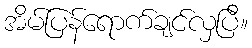
အိမ်ပြန်ရောက်ချင်လှပြီ။